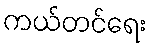
ကယ်တင်ရေး